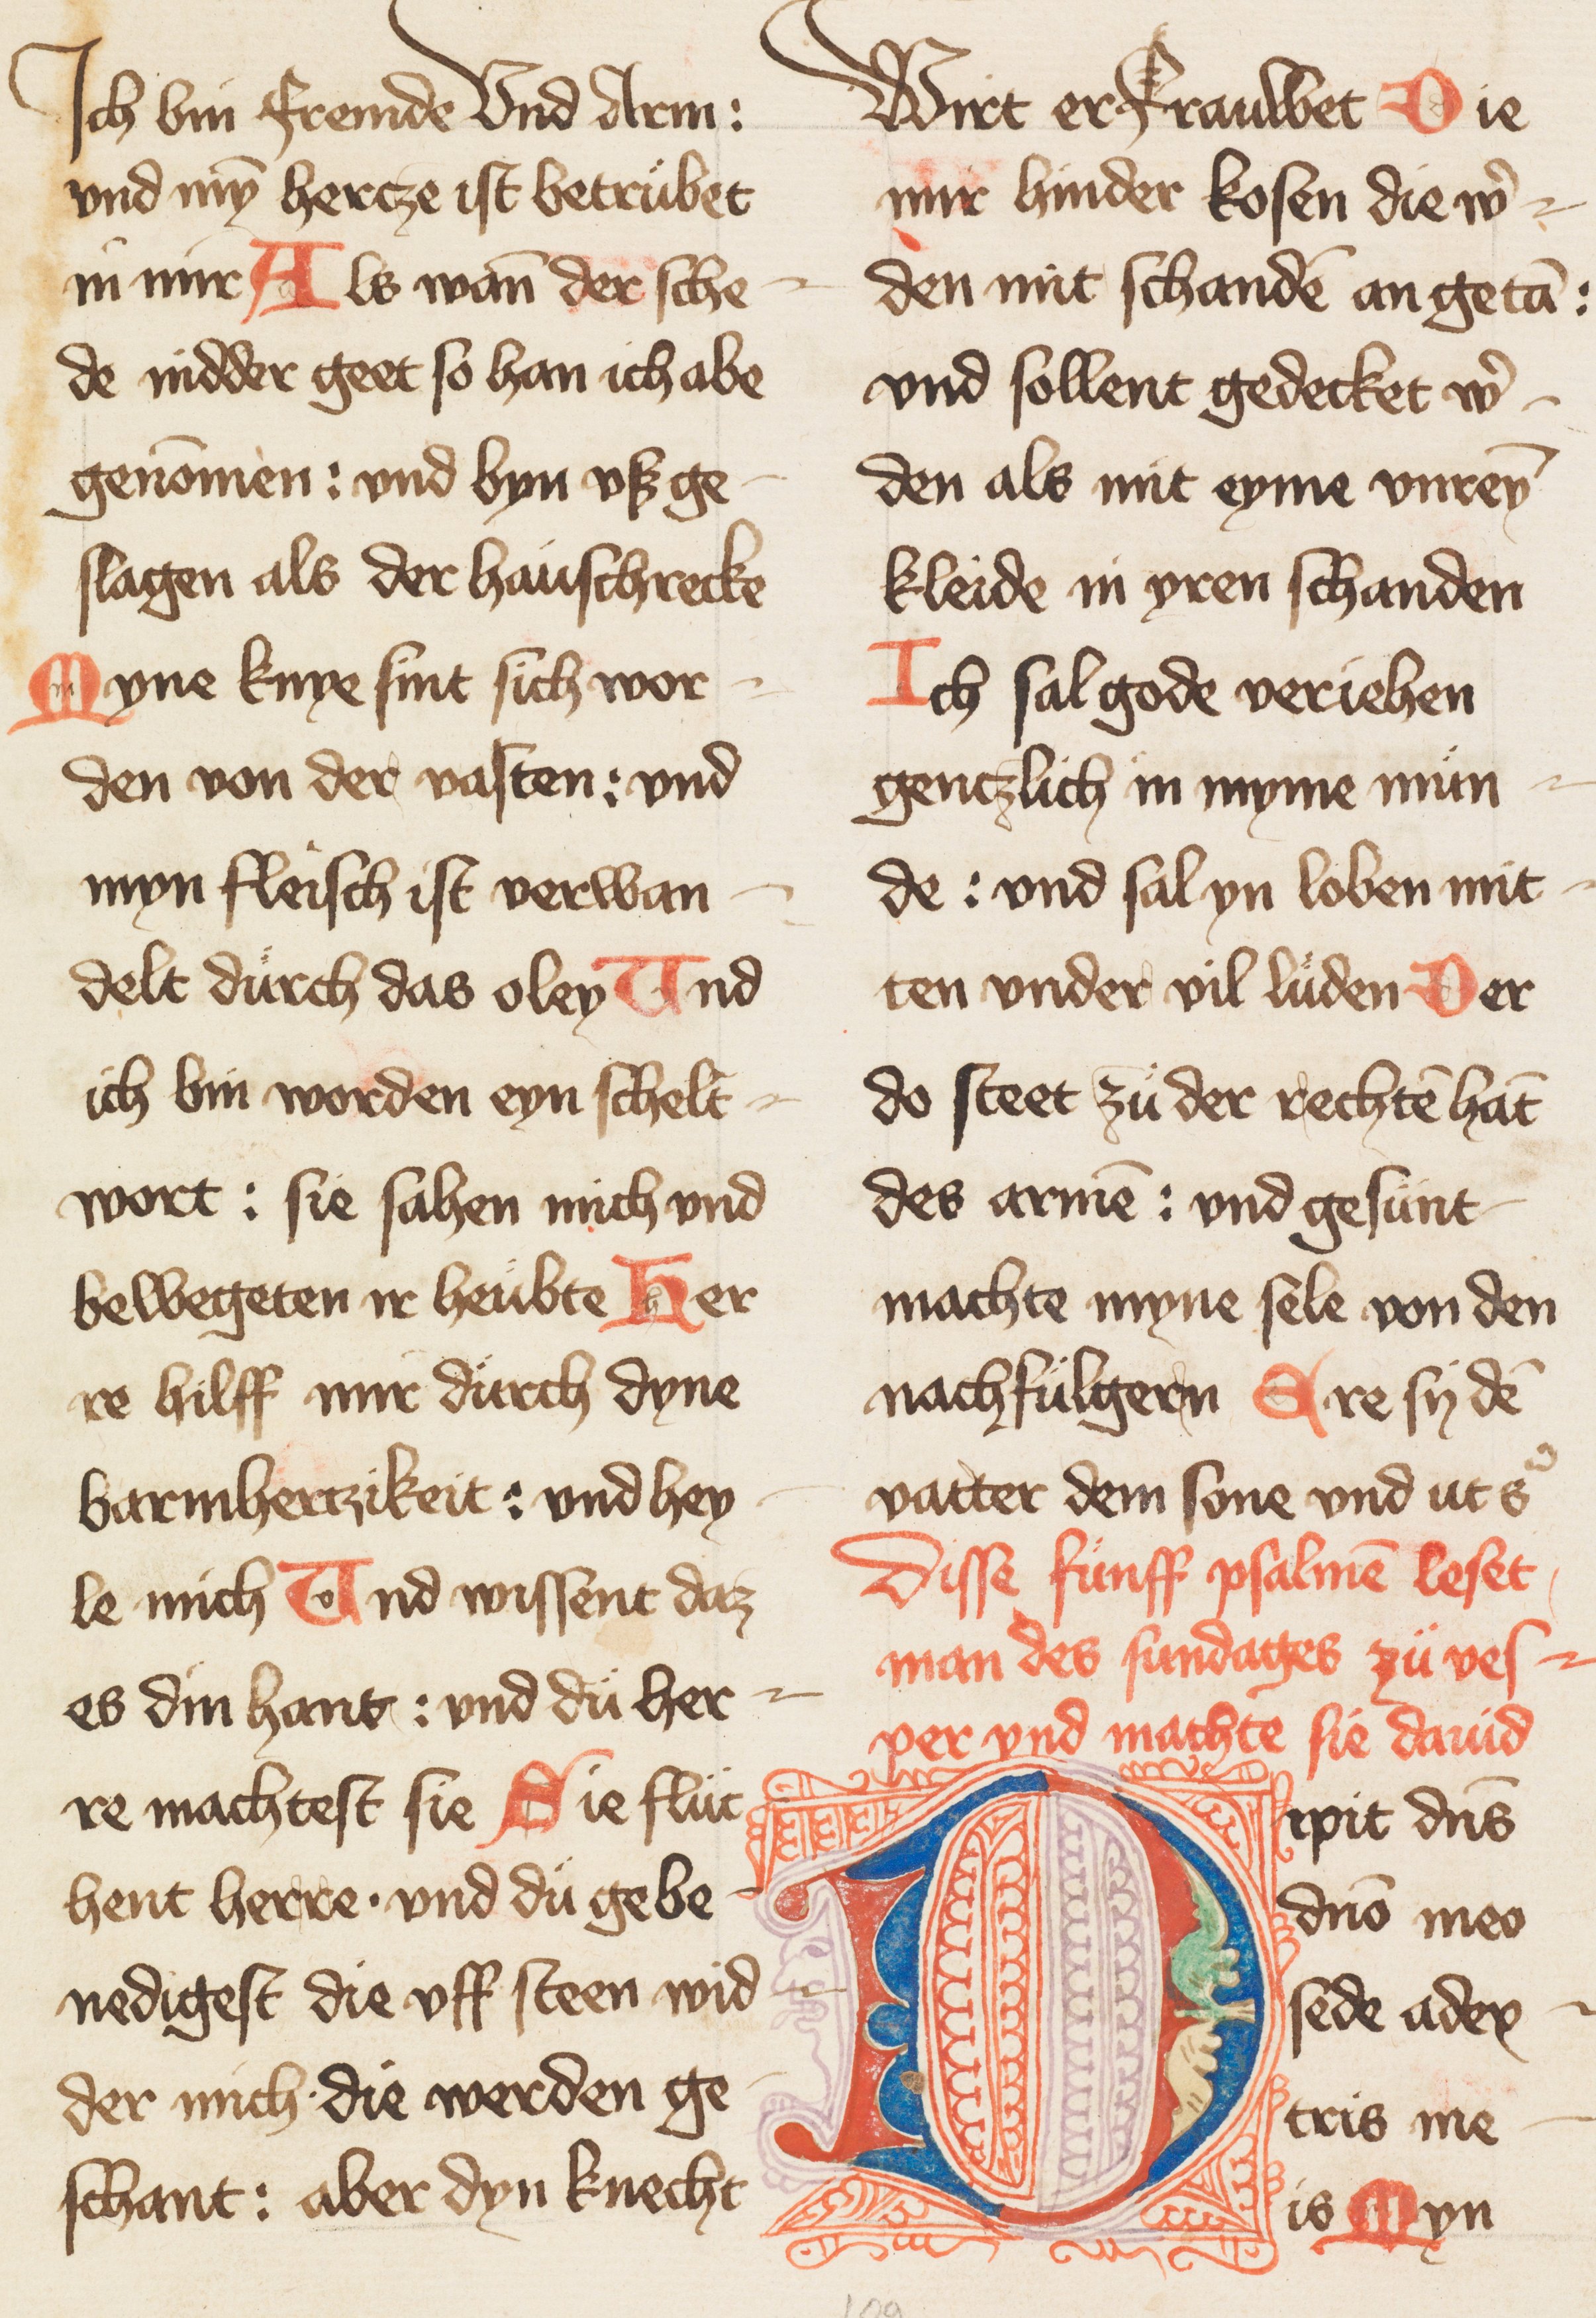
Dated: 1400–1424